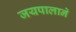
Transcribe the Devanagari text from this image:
जयपालाने